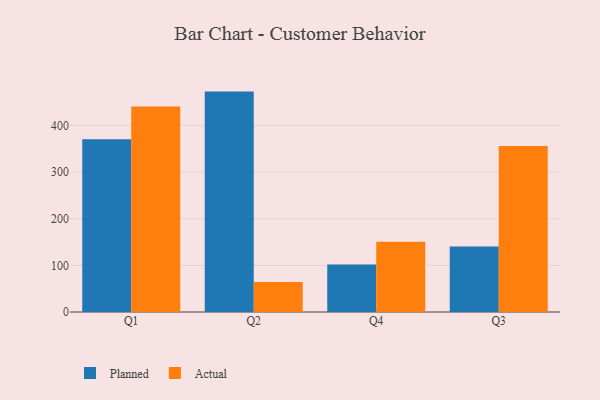
{"axis": {"x": "Quarter", "y": "Headcount"}, "legend": ["Actual", "Planned"], "data": [{"x": "Q1", "y": 370.3, "type": "Planned"}, {"x": "Q1", "y": 440.4, "type": "Actual"}, {"x": "Q2", "y": 472.6, "type": "Planned"}, {"x": "Q2", "y": 64.5, "type": "Actual"}, {"x": "Q4", "y": 102.1, "type": "Planned"}, {"x": "Q4", "y": 150.7, "type": "Actual"}, {"x": "Q3", "y": 140.5, "type": "Planned"}, {"x": "Q3", "y": 355.7, "type": "Actual"}]}